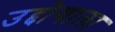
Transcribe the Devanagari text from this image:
उद्दोगाला